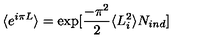
\langle e ^ { i \pi L } \rangle = \exp [ \frac { - \pi ^ { 2 } } { 2 } \langle L _ { i } ^ { 2 } \rangle N _ { i n d } ]